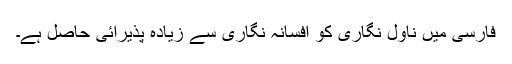
فارسی میں ناول نگاری کو افسانہ نگاری سے زیادہ پذیرائی حاصل ہے۔